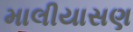
માલીયાસણ